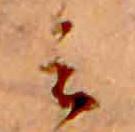
ミ